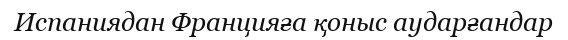
Испаниядан Францияға қоныс аударғандар